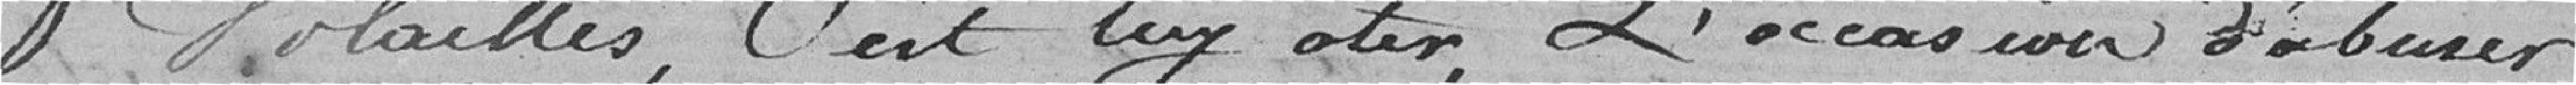
volailles c'est lui oter l'occasion d'abuser